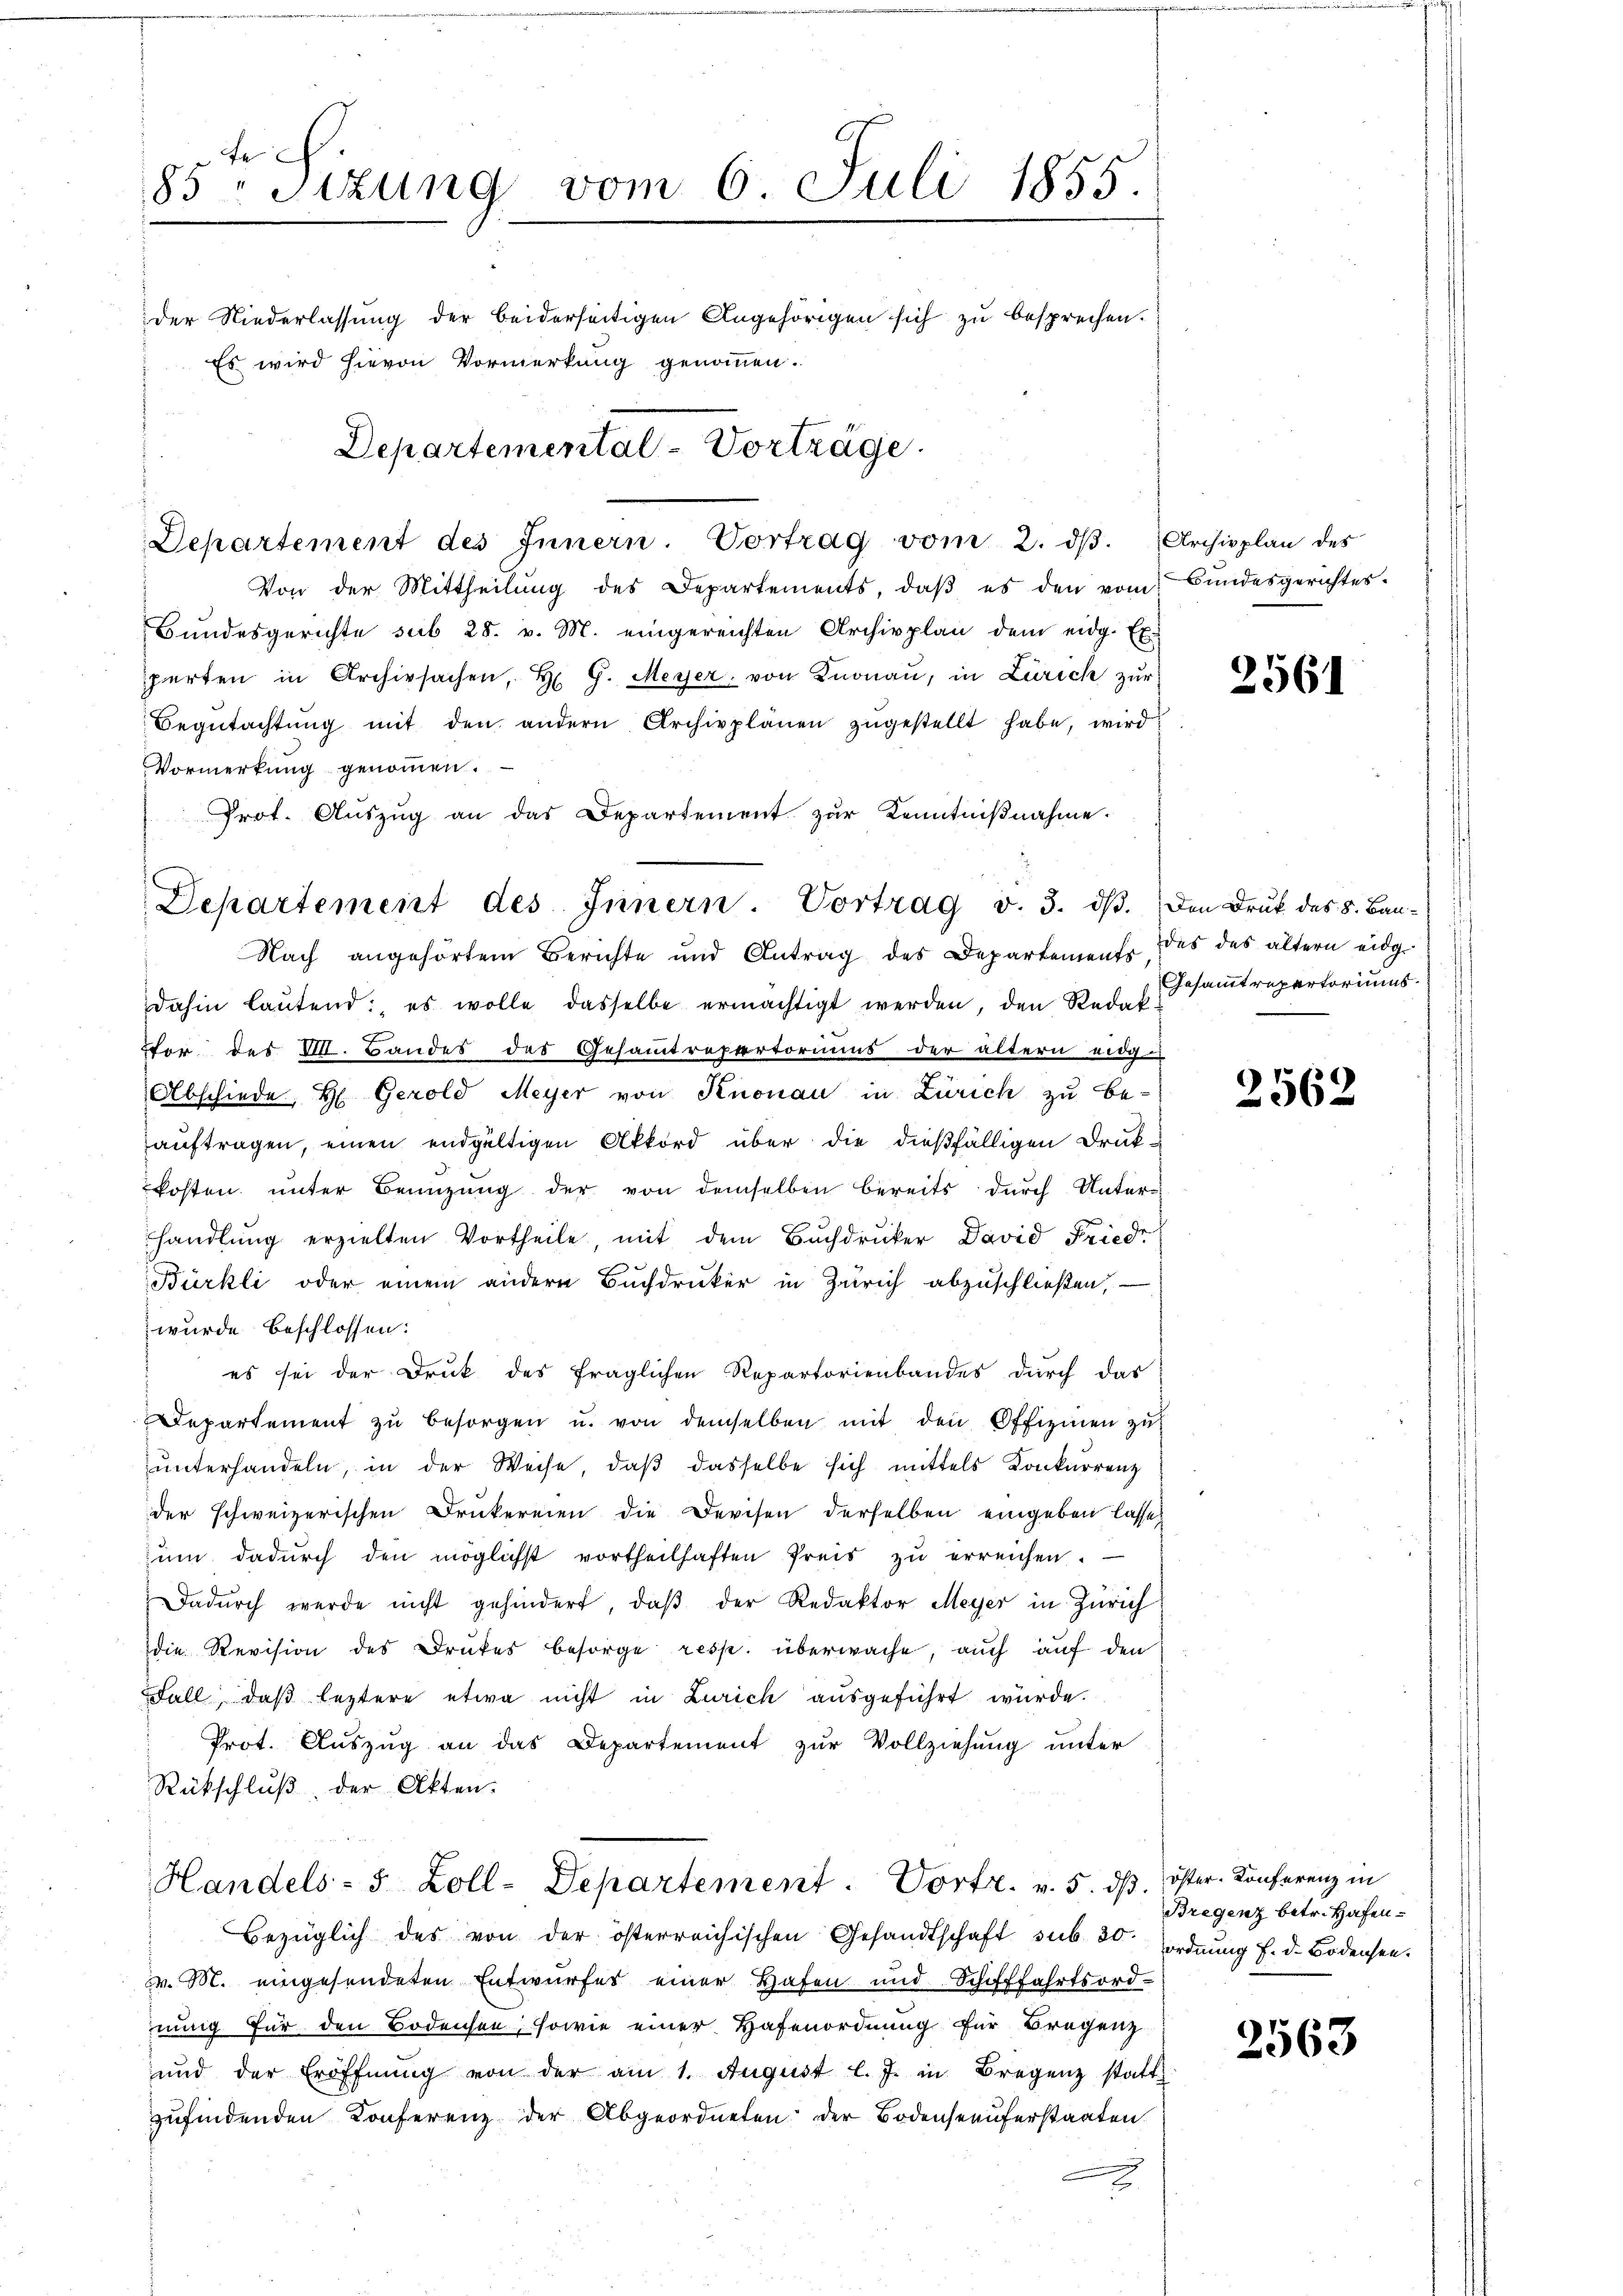
F
85 Sizung vom 6 Juli 1855.
der Niederlassung der beiderseitigen Angehörigen sich zu besprechen.
Es wird hievon Vormerkung genommen.
Departemental-Vorträge.

Departement des Innern. Vortrag v. 3. dβ. Den Druk des 8. Bau-
Nach angehörtem Berichte und Antrag des Departements

Departement des Innern. Vortrag vom 2. dβ. Archivplan des
Von der Mittheilŭng des Departements, daβ es den vom Bundesgerichtes.
Bŭndesgerichte sub 28. v. M. eingereichten Archivplan dem eidg. Ex-
perten in Archivsachen, H. G. Meyer von Knonau, in Zürich zur
Begŭtachtŭng mit den andern Archivplänen zŭgestellt habe, wird
Vormerkung genommen.
Prot. Aŭszŭg an das Departement zur Kenntniβnahme.

dahin laŭtend: es wolle dasselbe ermächtigt werden, den Redak
stor des VIII. Bandes des Gesammtrepertoriums der ältern eidg
Abschiede, H. Gerold Meyer von Knonau in Zürich zu be-
auftragen, einen endgültigen Akkord über die dießfälligen Druk-
kosten unter Benützŭng der von demselben bereits durch Unter-
handlung erzielten Vortheile, mit dem Buchdruker David Friedr
Bürkli oder einem andern Buchdruker in Zürich abzuschließen,
wurde beschlossen:
es sei der Druk des fraglichen Repartorienbandes durch das
Departement zu besorgen u. von demselben mit den Offizinen zu
ŭnterhandeln, in der Weise, daβ dasselbe sich mittels Konkurrenz
der schweizerischen Drukereien die Devisen derselben eingeben lasse,
ŭm dadŭrch den möglichst vortheilhaften Preis zŭ erreichen.
dadŭrch werde nicht gehindert, daβ der Redaktor Meyer in Zürich
die Revision des Druckes besorge resp. überwache, auch auf den
FFall, daß leztere etwa nicht in Zürich ausgeführt wurde.
Prot. Auszug an das Departement zur Vollziehung unter
Rückschluß der Akten.
Handels- 5 Zoll-Departement. Vortr. v. 5. dß. öster Konferenz in
Bezüglich des von der österreichischen Gesandtschaft sub. 30.
v. M. eingesendeten Entwurfes einer Hafen und Schifffahrtsord-
nung für den Bodensen, sowie einer Hafenordnung für Bregenz
und der Eröffnŭng von der am 1. August l. J. in Bregenz statt
zufindenden Konferenz der Abgeordneten der Bodenseeuferstaaten

2

2561

des das ältern eidg.
Gesammtrepertoriums.

2562

Bregenz betr. Hafenordnung f. d. Bodensen.

2563